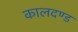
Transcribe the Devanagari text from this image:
कालदण्ड